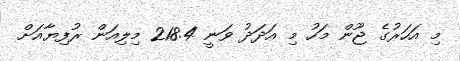
މި އަހަރުގެ ޖޫން މަހު މި އަދަދު ވަނީ 218.4 މިލިއަން ރުފިޔާއަށް